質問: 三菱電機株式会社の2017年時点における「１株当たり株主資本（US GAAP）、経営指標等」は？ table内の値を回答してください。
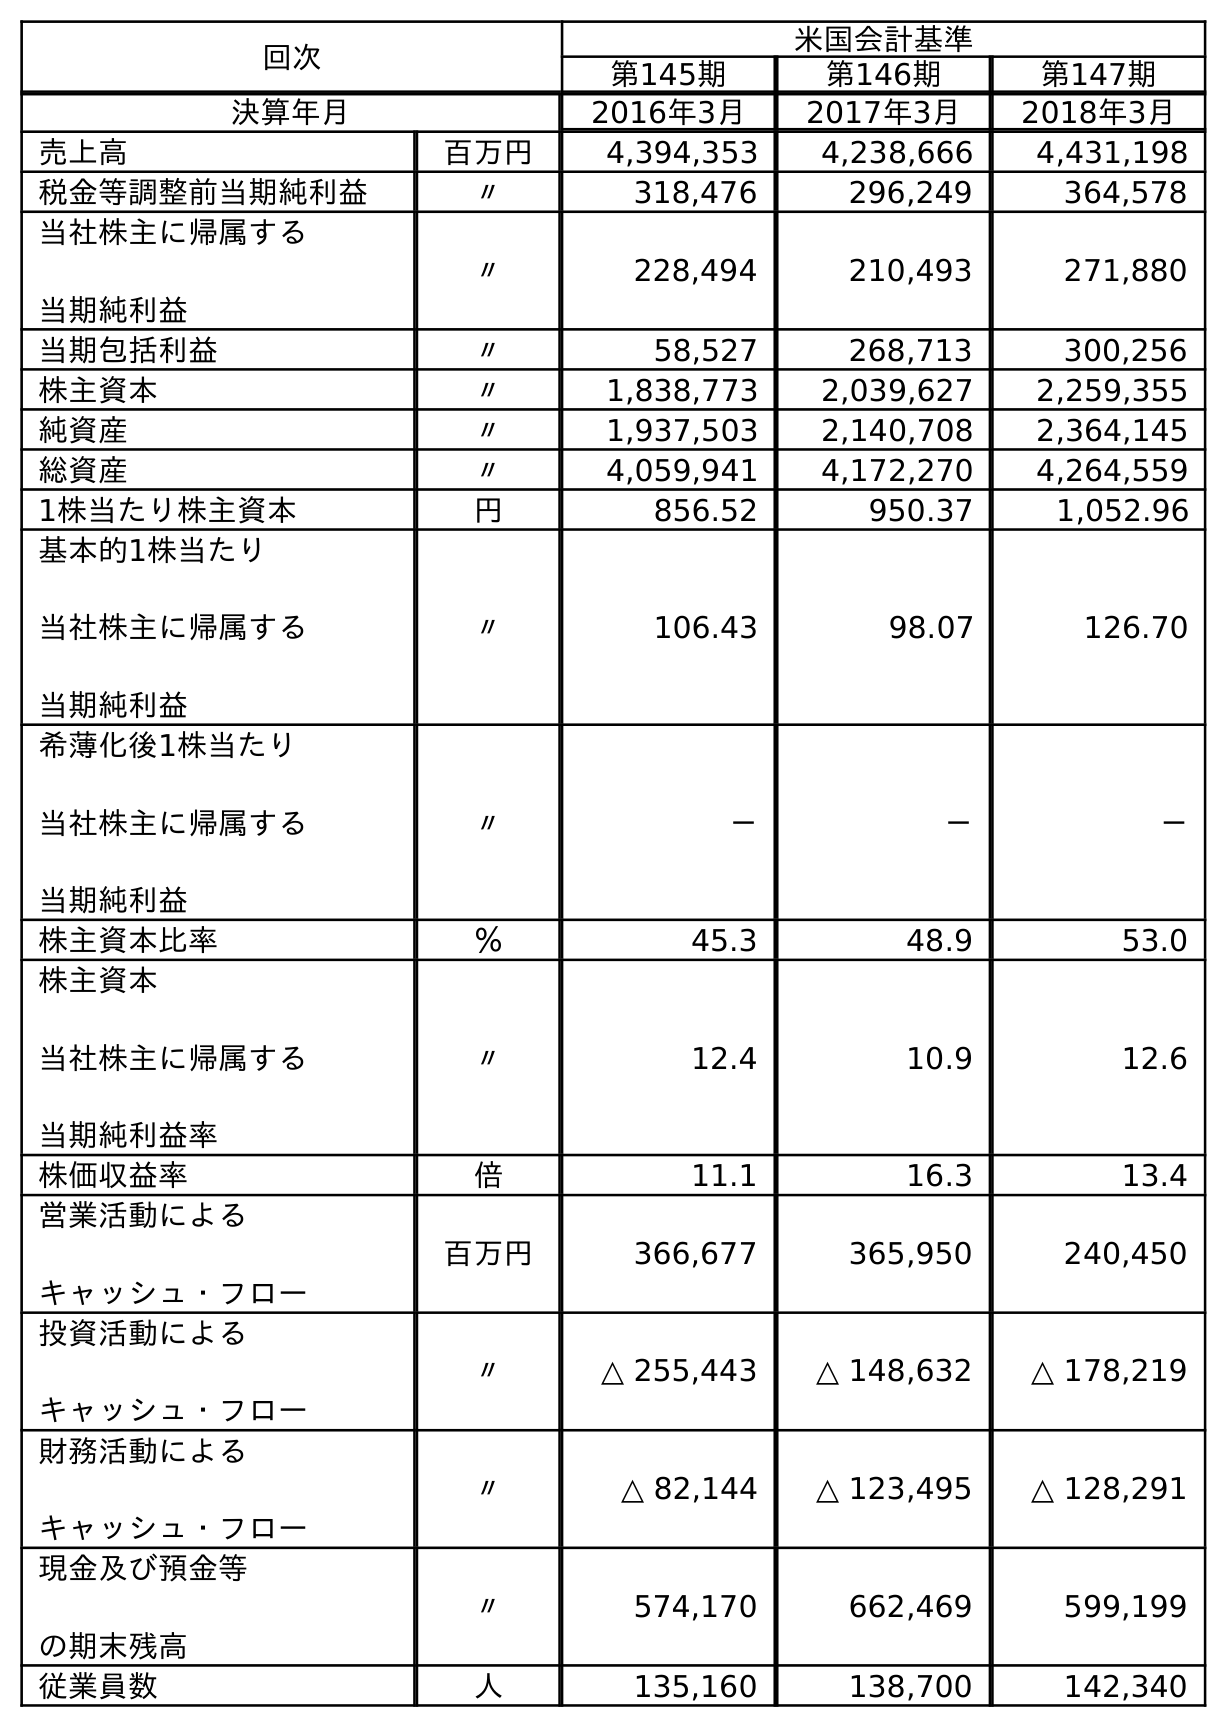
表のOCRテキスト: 回次 米国会計基準 第145期 第146期 第147期 決算年月 2016年3月 2017年3月 2018年3月 売上高 百万円 4,394,353 4,238,666 4,431,198 税金等調整前当期純利益 〃 318,476 296,249 364,578 当社株主に帰属する 当期純利益 〃 228,494 210,493 271,880 当期包括利益 〃 58,527 268,713 300,256 株主資本 〃 1,838,773 2,039,627 2,259,355 純資産 〃 1,937,503 2,140,708 2,364,145 総資産 〃 4,059,941 4,172,270 4,264,559 1株当たり株主資本 円 856.52 950.37 1,052.96 基本的1株当たり 当社株主に帰属する 当期純利益 〃 106.43 98.07 126.70 希薄化後1株当たり 当社株主に帰属する 当期純利益 〃 － － － 株主資本比率 ％ 45.3 48.9 53.0 株主資本 当社株主に帰属する 当期純利益率 〃 12.4 10.9 12.6 株価収益率 倍 11.1 16.3 13.4 営業活動による キャッシュ・フロー 百万円 366,677 365,950 240,450 投資活動による キャッシュ・フロー 〃 △ 255,443 △ 148,632 △ 178,219 財務活動による キャッシュ・フロー 〃 △ 82,144 △ 123,495 △ 128,291 現金及び預金等 の期末残高 〃 574,170 662,469 599,199 従業員数 人 135,160 138,700 142,340
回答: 950.37